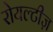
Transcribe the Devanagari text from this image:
रोयल्टीज़